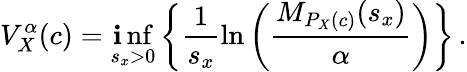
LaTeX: V_{X}^{\alpha}(c)=\operatorname*{\mathbf{i}nf}_{s_{x}>0}\left\{ \frac{{1}}{{s_{x}}}\ln\left(\frac{{M_{P_{X}(c)}(s_{x})}}{{\alpha}}\right)\right\} \, .